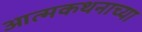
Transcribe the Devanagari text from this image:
आत्मकथनाच्या